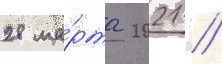
28 ма́рта 2021 //